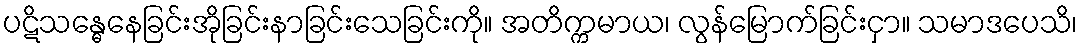
ပဋိသန္ဓေနေခြင်းအိုခြင်းနာခြင်းသေခြင်းကို။ အတိက္ကမာယ၊ လွန်မြောက်ခြင်းငှာ။ သမာဒပေသိ၊